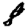
Digit: 8